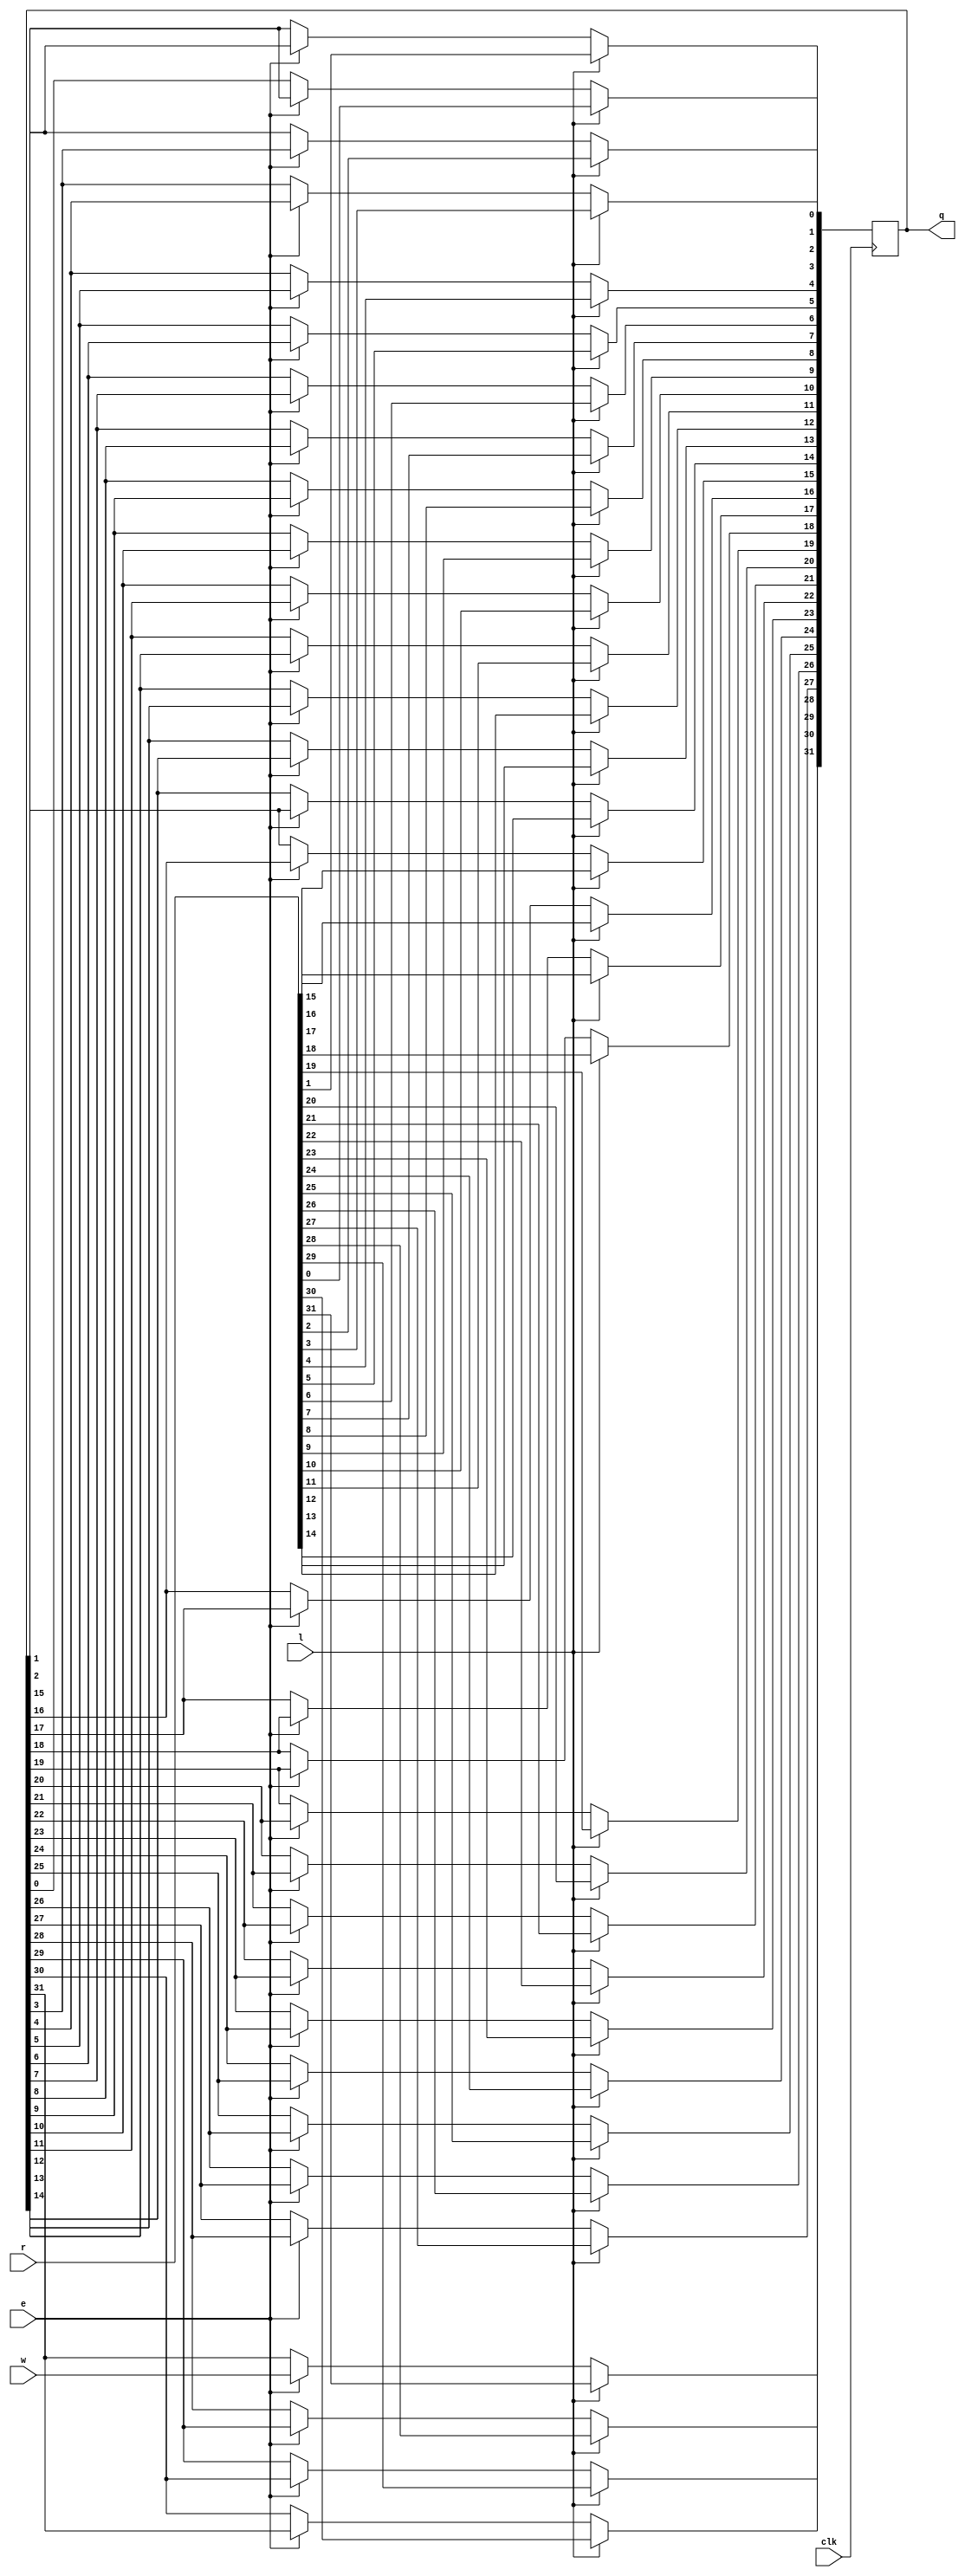
module register (
    r, l, e, w, clk, q
);
    parameter n = 32;
    input [n-1:0]r;
    input l, e, w, clk;
    output reg [n-1:0]q;
    integer k;

    always @(posedge clk) begin
        if(l)
            q <= r;
        else if(e)
        begin
            q[n-1] <= w;
            for (k = n-2; k >= 0; k=k-1) begin
                q[k] <= q[k+1];
            end
        end
    end
endmodule